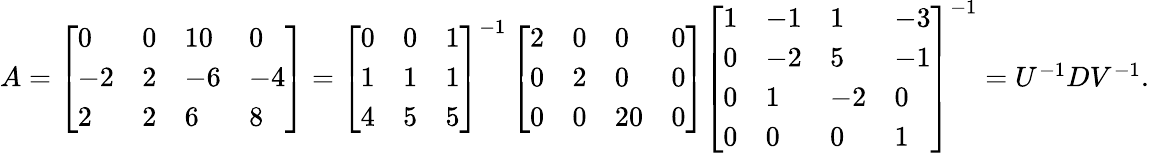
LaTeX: \begin{array}{r}{A=\left[\begin{array}{llll}{0}&{0}&{10}&{0}\\ {-2}&{2}&{-6}&{-4}\\ {2}&{2}&{6}&{8}\end{array}\right]=\left[\begin{array}{lll}{0}&{0}&{1}\\ {1}&{1}&{1}\\ {4}&{5}&{5}\end{array}\right]^{-1}\left[\begin{array}{llll}{2}&{0}&{0}&{0}\\ {0}&{2}&{0}&{0}\\ {0}&{0}&{20}&{0}\end{array}\right]\left[\begin{array}{llll}{1}&{-1}&{1}&{-3}\\ {0}&{-2}&{5}&{-1}\\ {0}&{1}&{-2}&{0}\\ {0}&{0}&{0}&{1}\end{array}\right]^{-1}=U^{-1}DV^{-1}.}\end{array}